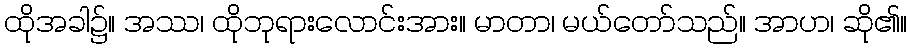
ထိုအခါ၌။ အဿ၊ ထိုဘုရားလောင်းအား။ မာတာ၊ မယ်တော်သည်။ အာဟ၊ ဆို၏။